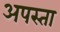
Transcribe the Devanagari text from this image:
अपस्ता